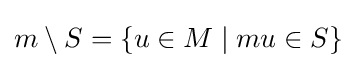
m\setminus S=\{u\in M\;\vert \;mu\in S\}